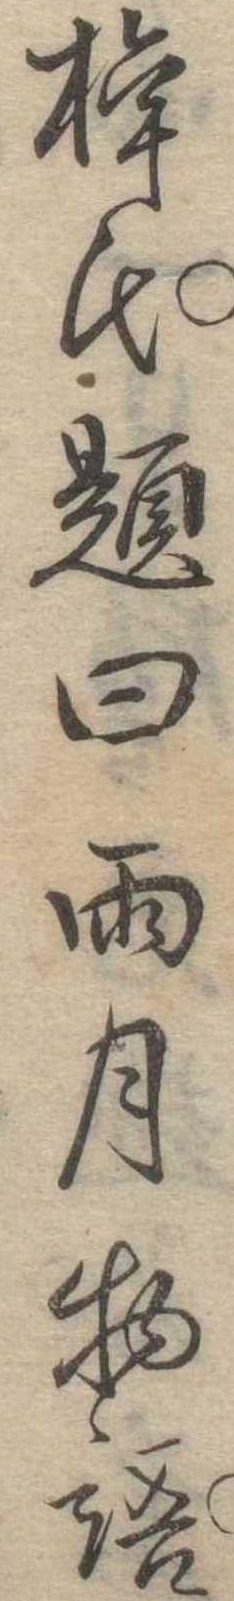
梓氏題曰雨月物語